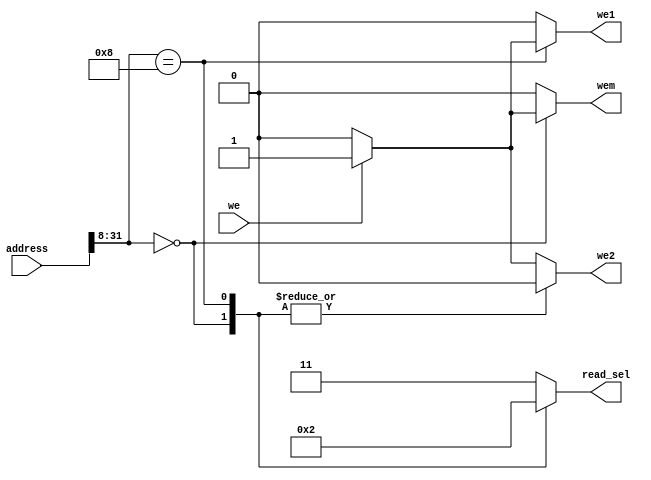
`timescale 1ns / 1ps
module main_address_decoder(
        input we,
        input [31:0] address,
        output reg we2, we1, wem,
        output reg [1:0] read_sel
    );
    
    always @ (*) begin
        case (address[31:8])
            24'd0:
                begin
                    if(we) begin
                        read_sel = 2'b00;
                        we1 = 0;
                        we2 = 0;
                        wem = 1;
                    end
                    else begin
                        read_sel = 2'b00;
                        we1 = 0;
                        we2 = 0;
                        wem = 0;
                    end
                end
            24'd8:
                begin
                    if(we) begin
                        read_sel = 2'b10;
                        we1 = 1;
                        we2 = 0;
                        wem = 0;
                    end
                    else begin
                        read_sel = 2'b10;
                        we1 = 0;
                        we2 = 0;
                        wem = 0;
                    end
                end
            default:
                begin
                    if(we) begin
                        read_sel = 2'b11;
                        we1 = 0;
                        we2 = 1;
                        wem = 0;
                    end
                    else begin
                        read_sel = 2'b11;
                        we1 = 0;
                        we2 = 0;
                        wem = 0;
                    end
                end
        endcase
    end
endmodule